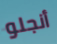
أنجلو